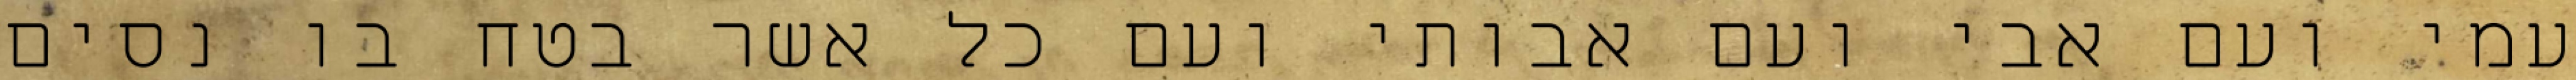
עמי ועם אבי ועם אבותי ועם כל אשר בטח בו נסים